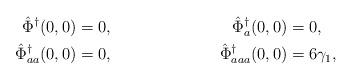
LaTeX: \begin{align*} \hat\Phi^\dagger(0,0)&=0, &\hat\Phi^\dagger_a(0,0)&=0,\\ \hat\Phi^\dagger_{aa}(0,0)&=0, &\hat\Phi^\dagger_{aaa}(0,0)&=6\gamma_1,\end{align*}